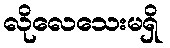
လိုလေသေးမရှိ